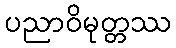
ပညာဝိမုတ္တဿ